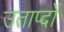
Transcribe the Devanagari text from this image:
उताप्दों